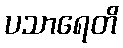
ပသာရေတိ